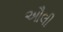
ઔલી